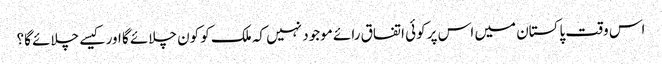
اس وقت پاکستان میں اس پر کوئی اتفاق رائے موجود نہیں کہ ملک کو کون چلائے گا اور کیسے چلائے گا؟